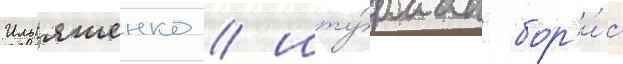
Ильяшенко / шту́рман бор'и́с